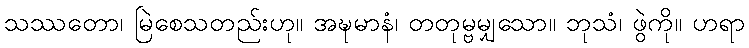
သဿတော၊ မြဲစေသတည်းဟု။ အဍ္ဎမာနံ၊ တတုမ္ဗမျှသော။ ဘုသံ၊ ဖွဲကို။ ဟရာ